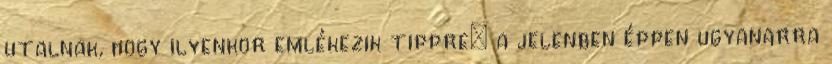
utalnak, hogy ilyenkor emlékezik tippre: a jelenben éppen ugyanarra